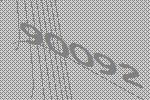
90092